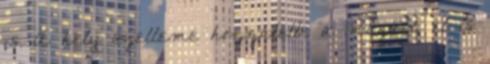
is. A hely szelleme hozzátette a magáét, el is